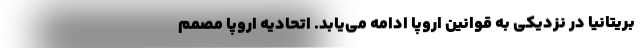
بریتانیا در نزدیکی به قوانین اروپا ادامه می‌یابد. اتحادیه اروپا مصمم